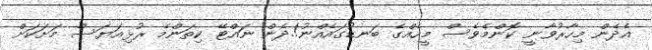
އެދެން މިހާރުވާނީ ކޮންމެވެސް މީހެއްގެ ބަނޑުގައެއްނު!.ދެން ނައްޓޭ ކިތަންމެ ރުޅިއަޔަސް މަށަކަށް